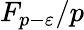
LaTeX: F_{p-\varepsilon}/p